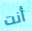
أنت